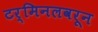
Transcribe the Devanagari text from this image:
टर्मिनलवरून